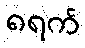
၈ရက်